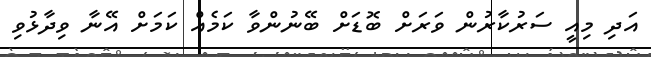
އަދި މިއީ ސަރުކާރުން ވަރަށް ބޮޑަށް ބޭނުންވާ ކަމެއް ކަމަށް އޭނާ ވިދާޅުވި